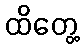
ထိတွေ့